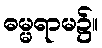
ဓမ္မရာမ၌။